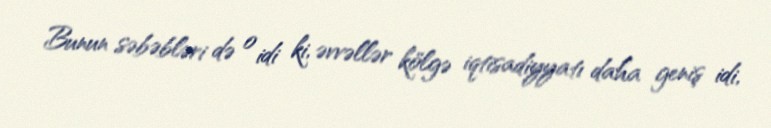
Bunun səbəbləri də o idi ki, əvvəllər kölgə iqtisadiyyatı daha geniş idi,